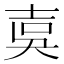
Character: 𡔣